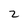
Character: 2